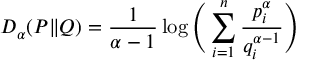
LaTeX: D _ { \alpha } ( P \| Q ) = { \frac { 1 } { \alpha - 1 } } \log { \Bigg ( } \sum _ { i = 1 } ^ { n } { \frac { p _ { i } ^ { \alpha } } { q _ { i } ^ { \alpha - 1 } } } { \Bigg ) }